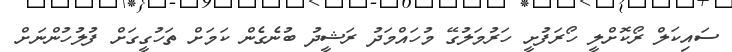
ސައިކަލް ރޯކޮށްލީ ހޯރަފުށީ ހަރުމަލުގޭ މުހައްމަދު ރަޝީދު ބުނެގެން ކަމަށް ތަހުގީގަށް ފުލުހުންނަށް